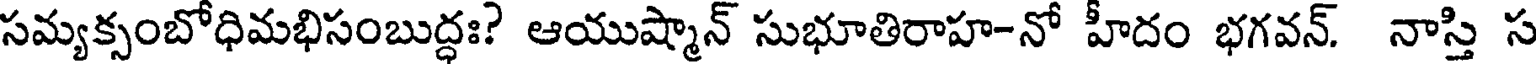
సమ్యక్సంబోధిమభిసంబుద్ధః? ఆయుష్మాన్ సుభూతిరాహ-నో హీదం భగవన్. నాస్తి స